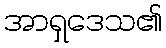
အာရှဒေသ၏